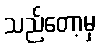
သည်တော့မှ